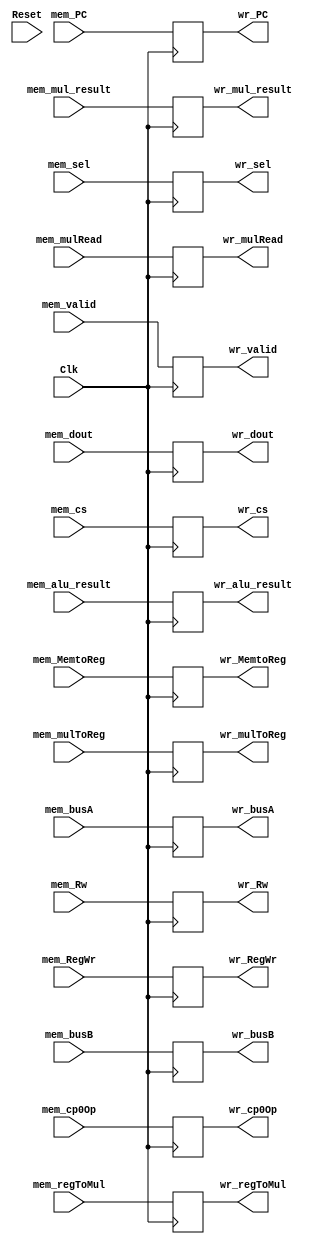
`timescale 1ns / 1ps
module mem_wr(Clk, mem_dout, mem_alu_result, mem_Rw, mem_RegWr,
              mem_MemtoReg, wr_dout, wr_alu_result, wr_Rw, wr_RegWr,
              wr_MemtoReg,
              //----{mul}begin
              mem_busA,     mem_mul_result, mem_regToMul,     mem_mulToReg,  mem_mulRead,
              wr_busA,      wr_mul_result,  wr_regToMul,      wr_mulToReg,   wr_mulRead,
              //----{mul}end
              //----{cp0}begin
              mem_cs,       mem_sel,        mem_busB,         mem_cp0Op,     mem_PC,
              wr_cs,        wr_sel,         wr_busB,          wr_cp0Op,      wr_PC,
              //----{cp0}end
              //----{ISE}begin
              mem_valid,    wr_valid,
              //----{ISE}end
              Reset
              );
    input       Reset;
    input       Clk;
    input[31:0] mem_dout;
    input[31:0] mem_alu_result;
    input[4:0]  mem_Rw;
    input       mem_RegWr,mem_MemtoReg;
    //----{mul}begin
    input[31:0] mem_busA;
    input[63:0] mem_mul_result;
    input[ 1:0] mem_regToMul;
    input       mem_mulToReg;
    input       mem_mulRead;
    //----{mul}end    
    //----{cp0}begin
    input[ 4:0] mem_cs;
    input[ 2:0] mem_sel;
    input[31:0] mem_busB;
    input[ 2:0] mem_cp0Op;
    input[31:2] mem_PC;
    //----{cp0}end   

    output reg [31:0] wr_dout;
    output reg [31:0] wr_alu_result;
    output reg [4:0]  wr_Rw;
    output reg        wr_RegWr,wr_MemtoReg;
    //----{mul}begin
    output reg [31:0] wr_busA;
    output reg [63:0] wr_mul_result;
    output reg [ 1:0] wr_regToMul;
    output reg        wr_mulToReg;
    output reg        wr_mulRead;
    //----{mul}end    
    //----{cp0}begin
    output reg [ 4:0] wr_cs;
    output reg [ 2:0] wr_sel;
    output reg [31:0] wr_busB;
    output reg [ 2:0] wr_cp0Op;
    output reg [31:2] wr_PC;
    //----{cp0}end   


    input             mem_valid;
    output reg        wr_valid;
    initial begin
      wr_dout       = 32'd0;
      wr_alu_result = 32'd0;
      wr_Rw         = 5'd0;
      wr_RegWr      = 0;
      wr_MemtoReg   = 0; 
      //----{mul}begin
      wr_busA       = 32'd0;
      wr_mul_result = 63'd0;
      wr_regToMul   = 2'd0;
      wr_mulToReg   = 0;
      wr_mulRead    = 0;
      //----{mul}end
      //----{cp0}begin
      wr_cs         = 5'd0;
      wr_sel        = 3'd0;
      wr_busB       = 32'd0;
      wr_cp0Op      = 3'd0;
      wr_PC         = 30'd0;
      //----{cp0}end

      wr_valid      = 1'd0;
    end
    always @(negedge Clk)
    begin
      /*if (Reset) begin
          wr_dout       <= 32'd0;
          wr_alu_result <= 32'd0;
          wr_Rw         <= 5'd0;
          wr_RegWr      <= 0;
          wr_MemtoReg   <= 0; 
          //----{mul}begin
          wr_busA       <= 32'd0;
          wr_mul_result <= 63'd0;
          wr_regToMul   <= 2'd0;
          wr_mulToReg   <= 0;
          wr_mulRead    <= 0;
          //----{mul}end
          //----{cp0}begin
          wr_cs         <= 5'd0;
          wr_sel        <= 3'd0;
          wr_busB       <= 32'd0;
          wr_cp0Op      <= 3'd0;
          wr_PC         <= 30'd0;
          //----{cp0}end

          wr_valid      = 1'd0;
      end else */begin
          wr_dout       <= mem_dout;
          wr_alu_result <= mem_alu_result;
          wr_Rw         <= mem_Rw;
          //control
          wr_RegWr      <= mem_RegWr;
          wr_MemtoReg   <= mem_MemtoReg;

          //----{mul}begin
          wr_busA       <= mem_busA;
          wr_mul_result <= mem_mul_result;
          wr_regToMul   <= mem_regToMul;
          wr_mulToReg   <= mem_mulToReg;
          wr_mulRead    <= mem_mulRead;
          //----{mul}end

          //----{cp0}begin
          wr_cs         <= mem_cs;
          wr_sel        <= mem_sel;
          wr_busB       <= mem_busB;
          wr_cp0Op      <= mem_cp0Op;
          wr_PC         <= mem_PC;
          //----{cp0}end

          wr_valid      <= mem_valid;
      end
    end
endmodule